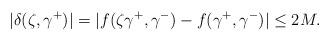
LaTeX: \begin{align*}|\delta(\zeta,\gamma^+)|=|f(\zeta\gamma^+,\gamma^-)-f(\gamma^+,\gamma^-)|\leq 2M.\end{align*}